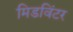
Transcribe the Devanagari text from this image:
मिडविंटर